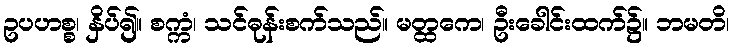
ဥပဟစ္စ၊ နှိပ်၍။ စက္ကံ၊ သင်ဓုန်းစက်သည်။ မတ္ထကေ၊ ဦးခေါင်းထက်၌။ ဘမတိ၊